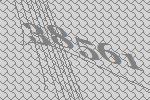
38561